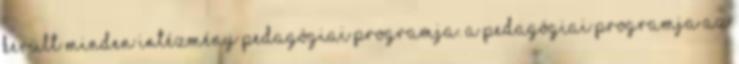
került minden intézmény pedagógiai programja. A pedagógiai programja az